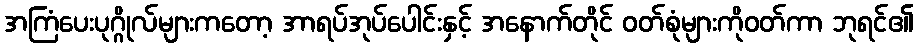
အကြံပေးပုဂ္ဂိုလ်များကတော့ အာရပ်အုပ်ပေါင်းနှင့် အနောက်တိုင် ဝတ်စုံများကိုဝတ်ကာ ဘုရင်၏